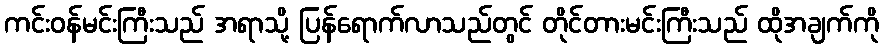
ကင်းဝန်မင်းကြီးသည် အရာသို့ ပြန်ရောက်လာသည်တွင် တိုင်တားမင်းကြီးသည် ထိုအချက်ကို